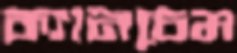
ক্যানচেম